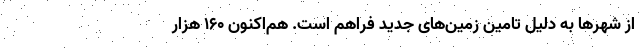
از شهرها به دلیل تامین زمین‌های جدید فراهم است. هم‌اکنون ۱۶۰ هزار